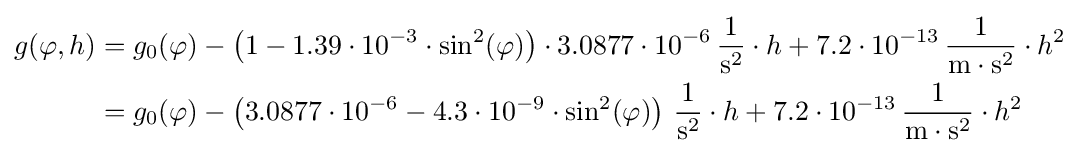
{\begin{aligned}g(\varphi ,h)&=g_{0}(\varphi )-\left(1-1{.}39\cdot 10^{-3}\cdot \sin ^{2}(\varphi )\right)\cdot 3{.}0877\cdot 10^{-6}\,{\frac {1}{\mathrm {s} ^{2}}}\cdot h+7{.}2\cdot 10^{-13}\,{\frac {1}{\mathrm {m} \cdot \mathrm {s} ^{2}}}\cdot h^{2}\\&=g_{0}(\varphi )-\left(3{.}0877\cdot 10^{-6}-4{.}3\cdot 10^{-9}\cdot \sin ^{2}(\varphi )\right)\,{\frac {1}{\mathrm {s} ^{2}}}\cdot h+7{.}2\cdot 10^{-13}\,{\frac {1}{\mathrm {m} \cdot \mathrm {s} ^{2}}}\cdot h^{2}\end{aligned}}